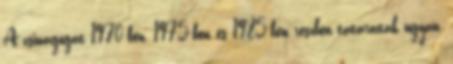
A zsinagógát 1970-ben, 1975-ben és 1985-ben részben tatarozták ugyan,